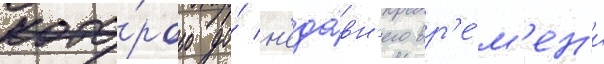
кото́рого до́ н'еда́вн'его вр'е́м'ен'и